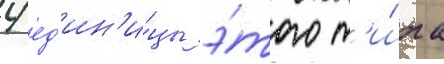
4 ед'ин'и́цы э́того т'и́па